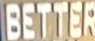
BETTER